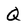
Character: Q